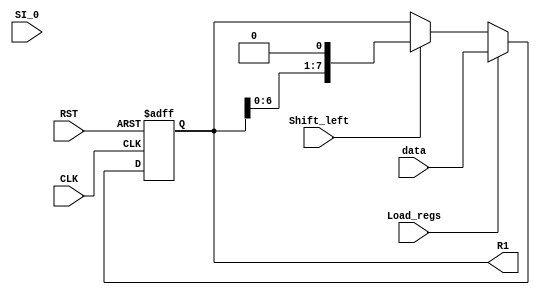
`timescale 1ns / 1ps

//________________________________________________________// 
//                Shift register module                   // 
//________________________________________________________// 

module Shift_reg_part (R1, data, SI_0, Shift_left, Load_regs, CLK, RST);

parameter R1_size = 8;

output reg [R1_size-1:0] R1;
input  [R1_size-1:0] data;
input SI_0, Shift_left, Load_regs; 
input CLK, RST;

assign SI_0 =1'b0;

always @(posedge CLK, negedge RST)
    if (RST == 0) R1 <= 0;
    else
    begin
        if(Load_regs) R1 <= data;
        else
            if(Shift_left)
                R1 <= {R1[R1_size -2: 0], SI_0} ;
    end
endmodule